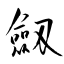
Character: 劔